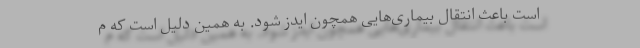
است باعث انتقال بیماری‌هایی همچون ایدز شود. به همین دلیل است که م